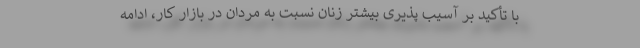
با تأکید بر آسیب پذیری بیشتر زنان نسبت به مردان در بازار کار، ادامه